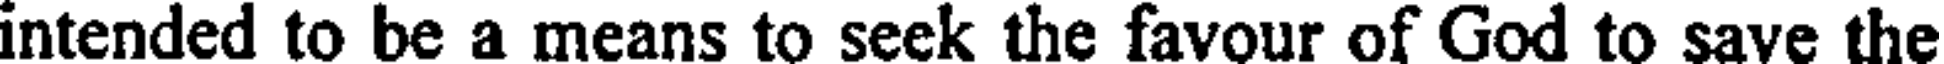
intended to be a means to seek the favour of God to save the